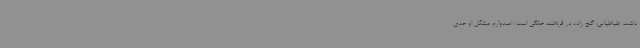
داشت. طباطبایی: گنج زاده در قرنطینه خانگی است/ امیدوارم مشکل او جدی